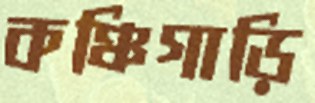
কঞ্চিগাড়ি